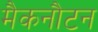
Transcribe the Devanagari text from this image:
मैकनौटन